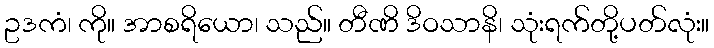
ဥဒကံ၊ ကို။ အာစရိယော၊ သည်။ တီဏိ ဒိဝသာနိ၊ သုံးရက်တို့ပတ်လုံး။